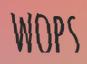
WOPS